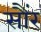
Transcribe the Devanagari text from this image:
सौंर